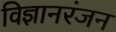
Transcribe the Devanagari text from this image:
विज्ञानरंजन